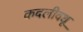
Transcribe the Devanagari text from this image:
कदलीवधू